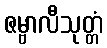
ဇမ္ဗာလီသုတ္တံ